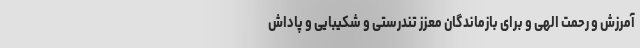
آمرزش و رحمت الهی و برای بازماندگان معزز تندرستی و شکیبایی و پاداش